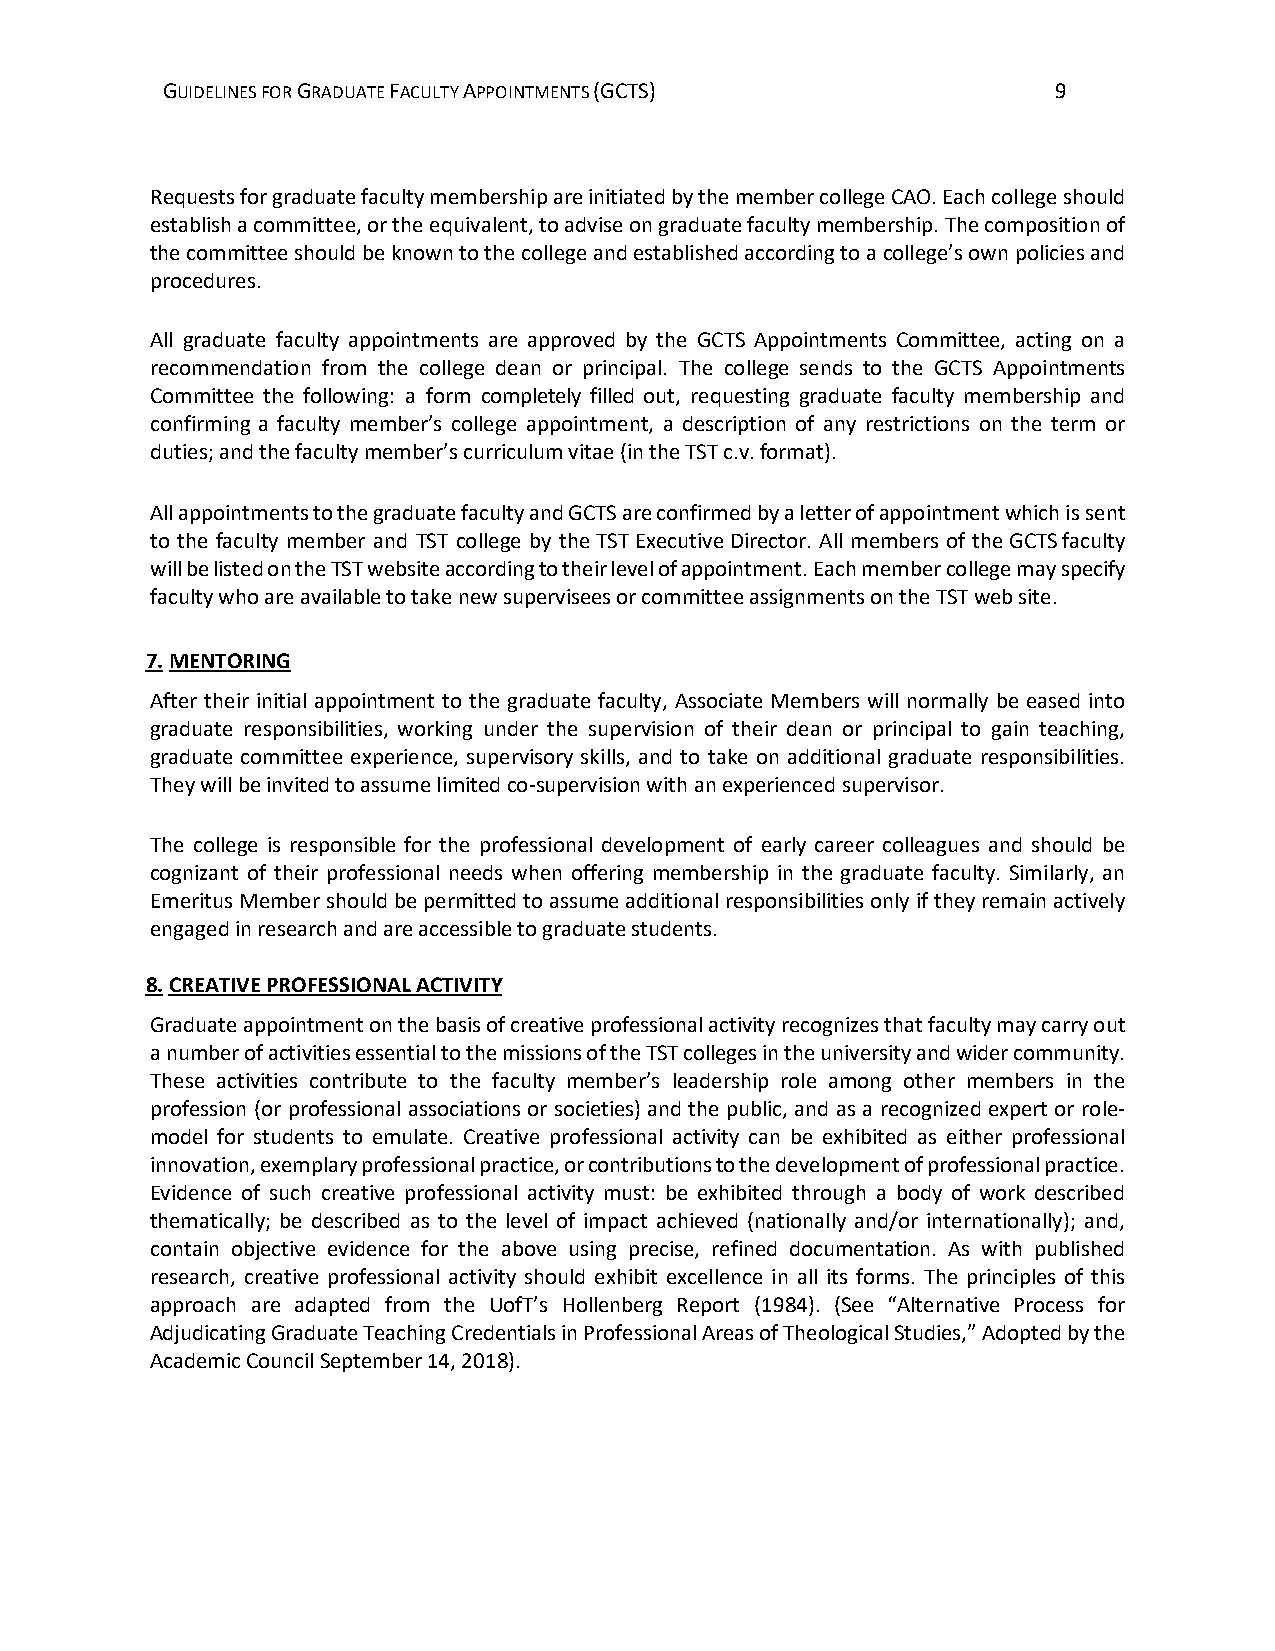
GUIDELINES FOR GRADUATE FACULTY APPOINTMENTS (GCTS)        9
 Requests for graduate faculty membership are initiated by the member college CAO. Each college should
 establish a committee, or the equivalent, to advise on graduate faculty membership. The composition of
 the committee should be known to the college and established according to a college’s own policies and
 procedures.
 All graduate faculty appointments are approved by the GCTS Appointments Committee, acting on a
 recommendation from the college dean or principal. The college sends to the GCTS Appointments
 Committee the following: a form completely filled out, requesting graduate faculty membership and
 confirming a faculty member’s college appointment, a description of any restrictions on the term or
 duties; and the faculty member’s curriculum vitae (in the TST c.v. format).
 All appointments to the graduate faculty and GCTS are confirmed by a letter of appointment which is sent
 to the faculty member and TST college by the TST Executive Director. All members of the GCTS faculty
 will be listed on the TST website according to their level of appointment. Each member college may specify
 faculty who are available to take new supervisees or committee assignments on the TST web site.
 7. MENTORING
 After their initial appointment to the graduate faculty, Associate Members will normally be eased into
 graduate responsibilities, working under the supervision of their dean or principal to gain teaching,
 graduate committee experience, supervisory skills, and to take on additional graduate responsibilities.
 They will be invited to assume limited co-supervision with an experienced supervisor.
 The college is responsible for the professional development of early career colleagues and should be
 cognizant of their professional needs when offering membership in the graduate faculty. Similarly, an
 Emeritus Member should be permitted to assume additional responsibilities only if they remain actively
 engaged in research and are accessible to graduate students.
 8. CREATIVE PROFESSIONAL ACTIVITY
 Graduate appointment on the basis of creative professional activity recognizes that faculty may carry out
 a number of activities essential to the missions of the TST colleges in the university and wider community.
 These activities contribute to the faculty member’s leadership role among other members in the
 profession (or professional associations or societies) and the public, and as a recognized expert or role-
 model for students to emulate. Creative professional activity can be exhibited as either professional
 innovation, exemplary professional practice, or contributions to the development of professional practice.
 Evidence of such creative professional activity must: be exhibited through a body of work described
 thematically; be described as to the level of impact achieved (nationally and/or internationally); and,
 contain objective evidence for the above using precise, refined documentation. As with published
 research, creative professional activity should exhibit excellence in all its forms. The principles of this
 approach are adapted from the UofT’s Hollenberg Report (1984). (See “Alternative Process for
 Adjudicating Graduate Teaching Credentials in Professional Areas of Theological Studies,” Adopted by the
 Academic Council September 14, 2018).